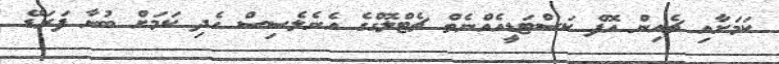
ކަމަށާއި ޗެއިން އޮފް ކަސްޓަޑީއެއްނެތް ޗެޓްލޮގްގެ އެނެލެސިސް ހެދި ކަމަށް ބުނާ ފަރަޑޭ